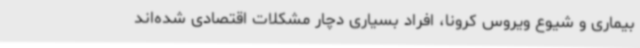
بیماری و شیوع ویروس کرونا، افراد بسیاری دچار مشکلات اقتصادی شده‌اند